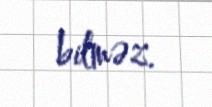
bilməz.